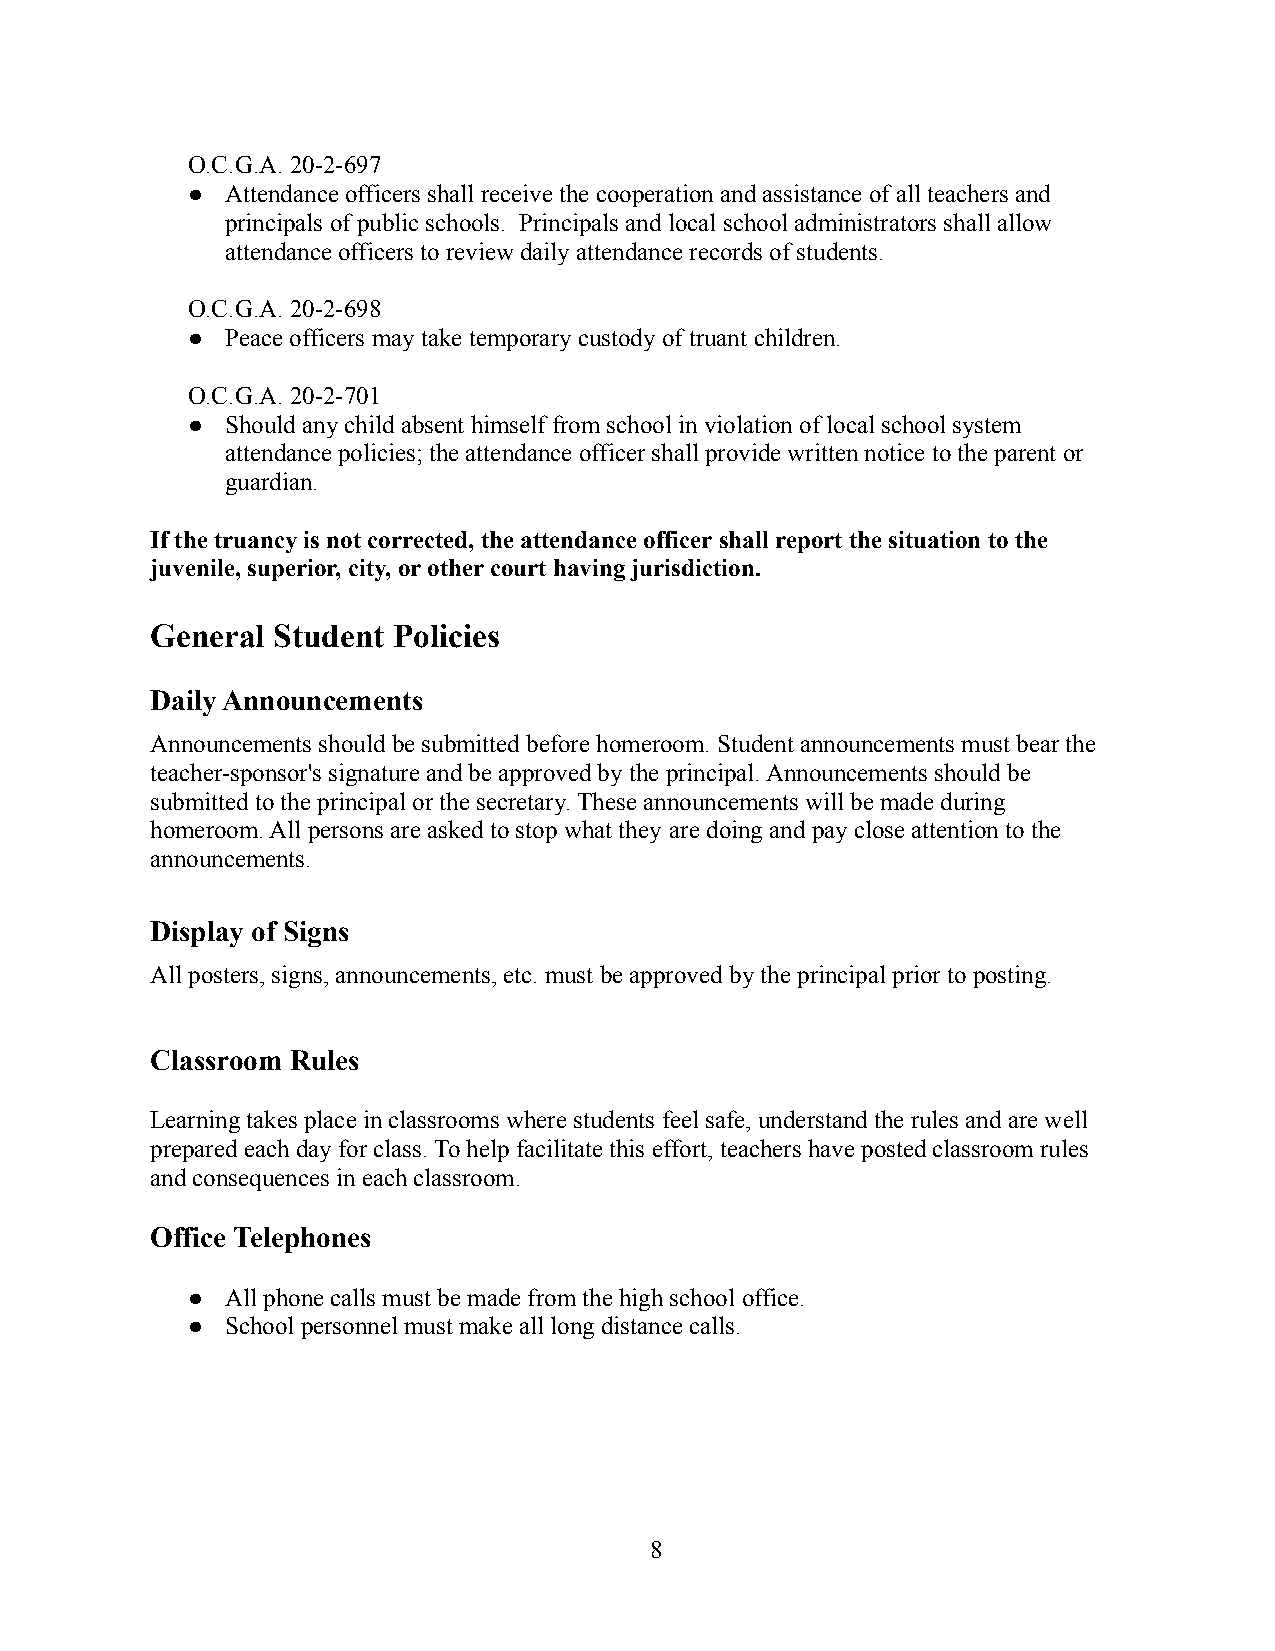
O.C.G.A. 20-2-697
 ●  Attendance officers shall receive the cooperation and assistance of all teachers and
 principals of public schools. Principals and localschool administrators shall allow
 attendance officers to review daily attendance records of students.
 O.C.G.A. 20-2-698
 ●  Peace officers may take temporary custody of truant children.
 O.C.G.A. 20-2-701
 ●  Should any child absent himself from school in violationof local school system
 attendance policies; the attendance officer shall provide written notice to the parent or
 guardian.
 If the truancy is not corrected, the attendance officer shall report the situation to the
 juvenile, superior, city, or other court having jurisdiction.
 General Student Policies
 Daily Announcements
 Announcements should be submitted before homeroom.Student announcements must bear the
 teacher-sponsor's signature and be approved by theprincipal. Announcements should be
 submitted to the principal or the secretary. These announcements will be made during
 homeroom. All persons are asked to stop what they are doing and pay close attention to the
 announcements.
 Display of Signs
 All posters, signs, announcements, etc. must be approvedby the principal prior to posting.
 Classroom Rules
 Learning takes place in classrooms where students feel safe, understand the rules and are well
 prepared each day for class. To help facilitate this effort, teachers have posted classroom rules
 and consequences in each classroom.
 Office Telephones
 ●  All phone calls must be made from the high schooloffice.
 ●  School personnel must make all long distance calls.
 8